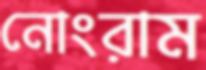
নোংরাম